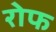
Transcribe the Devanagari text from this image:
रोफ